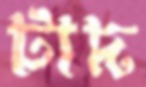
টাদ